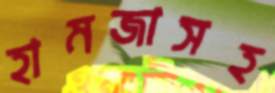
হামজাসহ